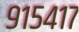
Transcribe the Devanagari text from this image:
९१५४१७